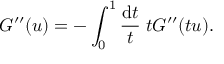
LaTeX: G ^ { \prime \prime } ( u ) = - \int _ { 0 } ^ { 1 } \frac { \mathrm { d } t } { t } \; t G ^ { \prime \prime } ( t u ) .